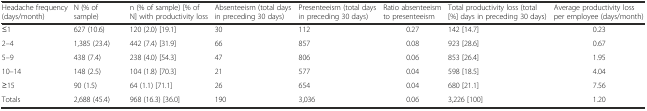
<table><thead><tr><td><b>Headache frequency (days/month)</b></td><td><b>N (% of sample)</b></td><td><b>n (% of sample) [% of N] with productivity loss</b></td><td><b>Absenteeism (total days in preceding 30 days)</b></td><td><b>Presenteeism (total days in preceding 30 days)</b></td><td><b>Ratio absenteeism to presenteeism</b></td><td><b>Total productivity loss (total [%] days in preceding 30 days)</b></td><td><b>Average productivity loss per employee (days/month)</b></td></tr></thead><tbody><tr><td>≤1</td><td>627 (10.6)</td><td>120 (2.0) [19.1]</td><td>30</td><td>112</td><td>0.27</td><td>142 [14.7]</td><td>0.23</td></tr><tr><td>2–4</td><td>1,385 (23.4)</td><td>442 (7.4) [31.9]</td><td>66</td><td>857</td><td>0.08</td><td>923 [28.6]</td><td>0.67</td></tr><tr><td>5–9</td><td>438 (7.4)</td><td>238 (4.0) [54.3]</td><td>47</td><td>806</td><td>0.06</td><td>853 [26.4]</td><td>1.95</td></tr><tr><td>10–14</td><td>148 (2.5)</td><td>104 (1.8) [70.3]</td><td>21</td><td>577</td><td>0.04</td><td>598 [18.5]</td><td>4.04</td></tr><tr><td>≥15</td><td>90 (1.5)</td><td>64 (1.1) [71.1]</td><td>26</td><td>654</td><td>0.04</td><td>680 [21.1]</td><td>7.56</td></tr><tr><td>Totals</td><td>2,688 (45.4)</td><td>968 (16.3) [36.0]</td><td>190</td><td>3,036</td><td>0.06</td><td>3,226 [100]</td><td>1.20</td></tr></tbody></table>